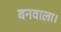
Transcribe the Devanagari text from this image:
बनवाला।